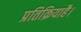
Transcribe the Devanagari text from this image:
प्रतिक्रियाहै।